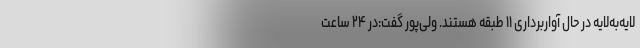
لایه‌به‌لایه در حال آواربرداری ۱۱ طبقه هستند. ولی‌پور گفت:در ۲۴ ساعت